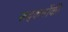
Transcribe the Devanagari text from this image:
सद्कर्मोकी